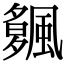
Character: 𩘠